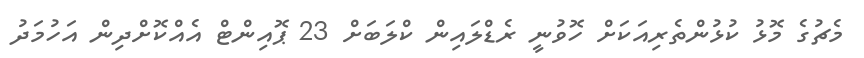
މެޗުގެ މޮޅު ކުޅުންތެރިއަކަށް ހޮވުނީ ރެޑްލައިން ކްލަބަށް 23 ޕޮއިންޓް އެއްކޮށްދިން އަހުމަދު